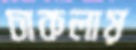
চাকলায়